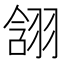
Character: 䎏